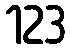
123